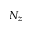
N _ { z }